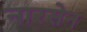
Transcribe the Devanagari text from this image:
नारसेन